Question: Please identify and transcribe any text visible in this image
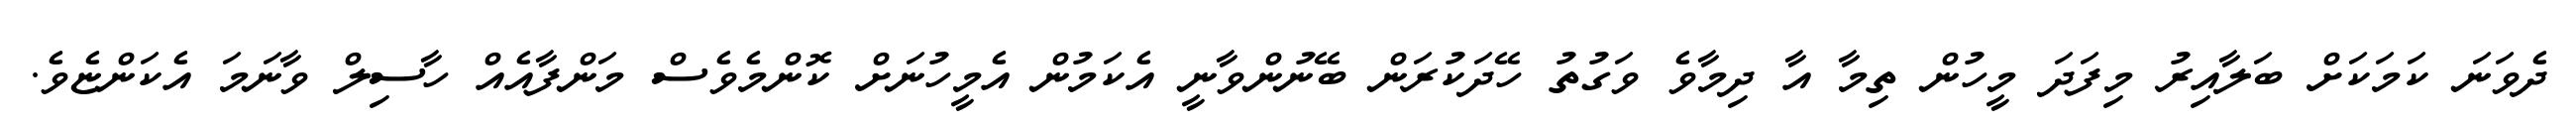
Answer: ދެވަނަ ކަމަކަށް ބަލާއިރު މިފަދަ މީހުން ތިމާ އާ ދިމާވެ ވަގުތު ހޭދަކުރަން ބޭނުންވާނީ އެކަމުން އެމީހުނަށް ކޮންމެވެސް މަންފާއެއް ހާސިލް ވާނަމަ އެކަންޏެވެ.